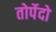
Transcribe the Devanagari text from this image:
तोर्पेदो